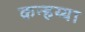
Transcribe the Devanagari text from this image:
कन्हय्या